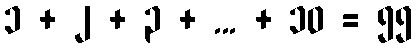
၁ + ၂ + ၃ + ... + ၁၀ = ၅၅